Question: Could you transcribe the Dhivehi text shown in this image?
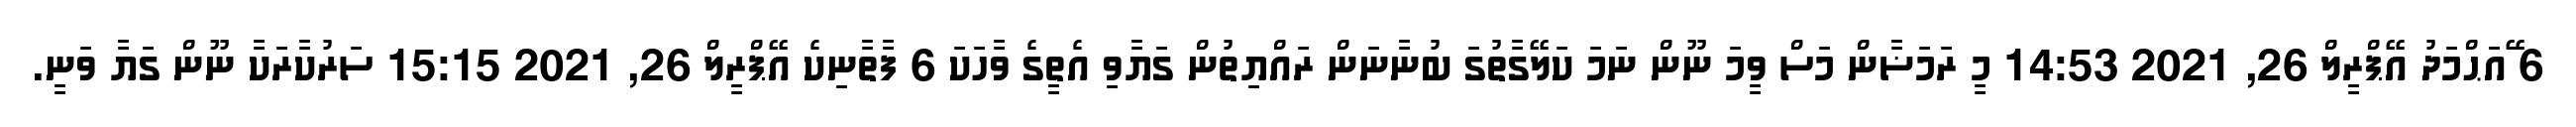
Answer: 6 ޭައަޙްމަދު އޭޕްރީލް 26, 2021 14:53 މީ ރަމަޟާން މަސް ވީމަ ނޫން ނަމަ ކަލޭގާތުގަ ބުނާނަން ރައްޔިތުން ގަޔާވި އެތީގެ ވާހަކަ 6 ފާތާނިކެ އޭޕްރީލް 26, 2021 15:15 ސަރުކާރަކާ ނޫން ގަޔާ ވަނީ.